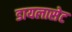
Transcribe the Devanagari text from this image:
डायलासेट